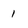
Character: 1